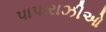
પાપારાઝીઓ